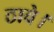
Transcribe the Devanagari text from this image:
ठावे।